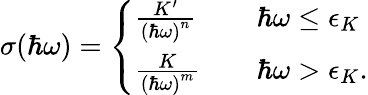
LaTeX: \sigma(\hbar\omega)=\left\{ \begin{array}{ll}{\frac{K^{\prime}}{\left(\hbar\omega\right)^{n}}}&{\quad\hbar\omega\leq\epsilon_{K}}\\ {\frac{K}{\left(\hbar\omega\right)^{m}}}&{\quad\hbar\omega>\epsilon_{K}.}\end{array}\right.